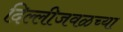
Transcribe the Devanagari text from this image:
दिल्लीजवळच्या